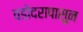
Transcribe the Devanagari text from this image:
वडोदरापासून